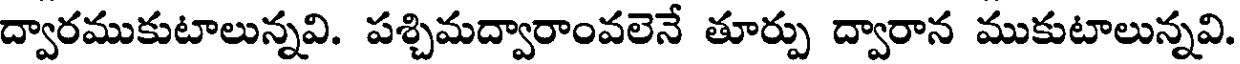
ద్వారముకుటాలున్నవి. పశ్చిమద్వారాంవలెనే తూర్పు ద్వారాన ముకుటాలున్నవి.